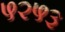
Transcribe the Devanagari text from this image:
५२५३